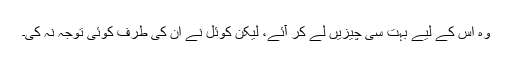
وہ اس کے لیے بہت سی چیزیں لے کر آئے، لیکن کوئل نے ان کی طرف کوئی توجہ نہ کی۔